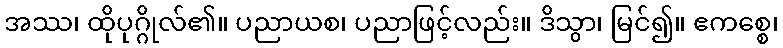
အဿ၊ ထိုပုဂ္ဂိုလ်၏။ ပညာယစ၊ ပညာဖြင့်လည်း။ ဒိသွာ၊ မြင်၍။ ဧကစ္စေ၊